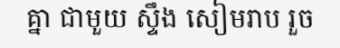
គ្នា ជាមួយ ស្ទឹង សៀមរាប រួច